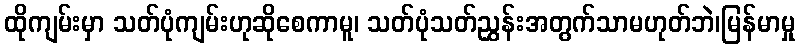
ထိုကျမ်းမှာ သတ်ပုံကျမ်းဟုဆိုစေကာမူ၊ သတ်ပုံသတ်ညွှန်းအတွက်သာမဟုတ်ဘဲ၊မြန်မာမှု